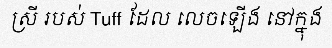
ស្រី របស់ Tuff ដែល លេចឡើង នៅក្នុង